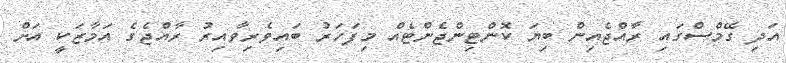
އަދި ގޭމްސްގައި ރާއްޖެއިން ބިޔަ ކޮންޓިންޖެންޓެއް މިފަހަރު ބައިވެެރިވާއިރު ރާއްޖެގެ އަމާޒަކީ އަށް